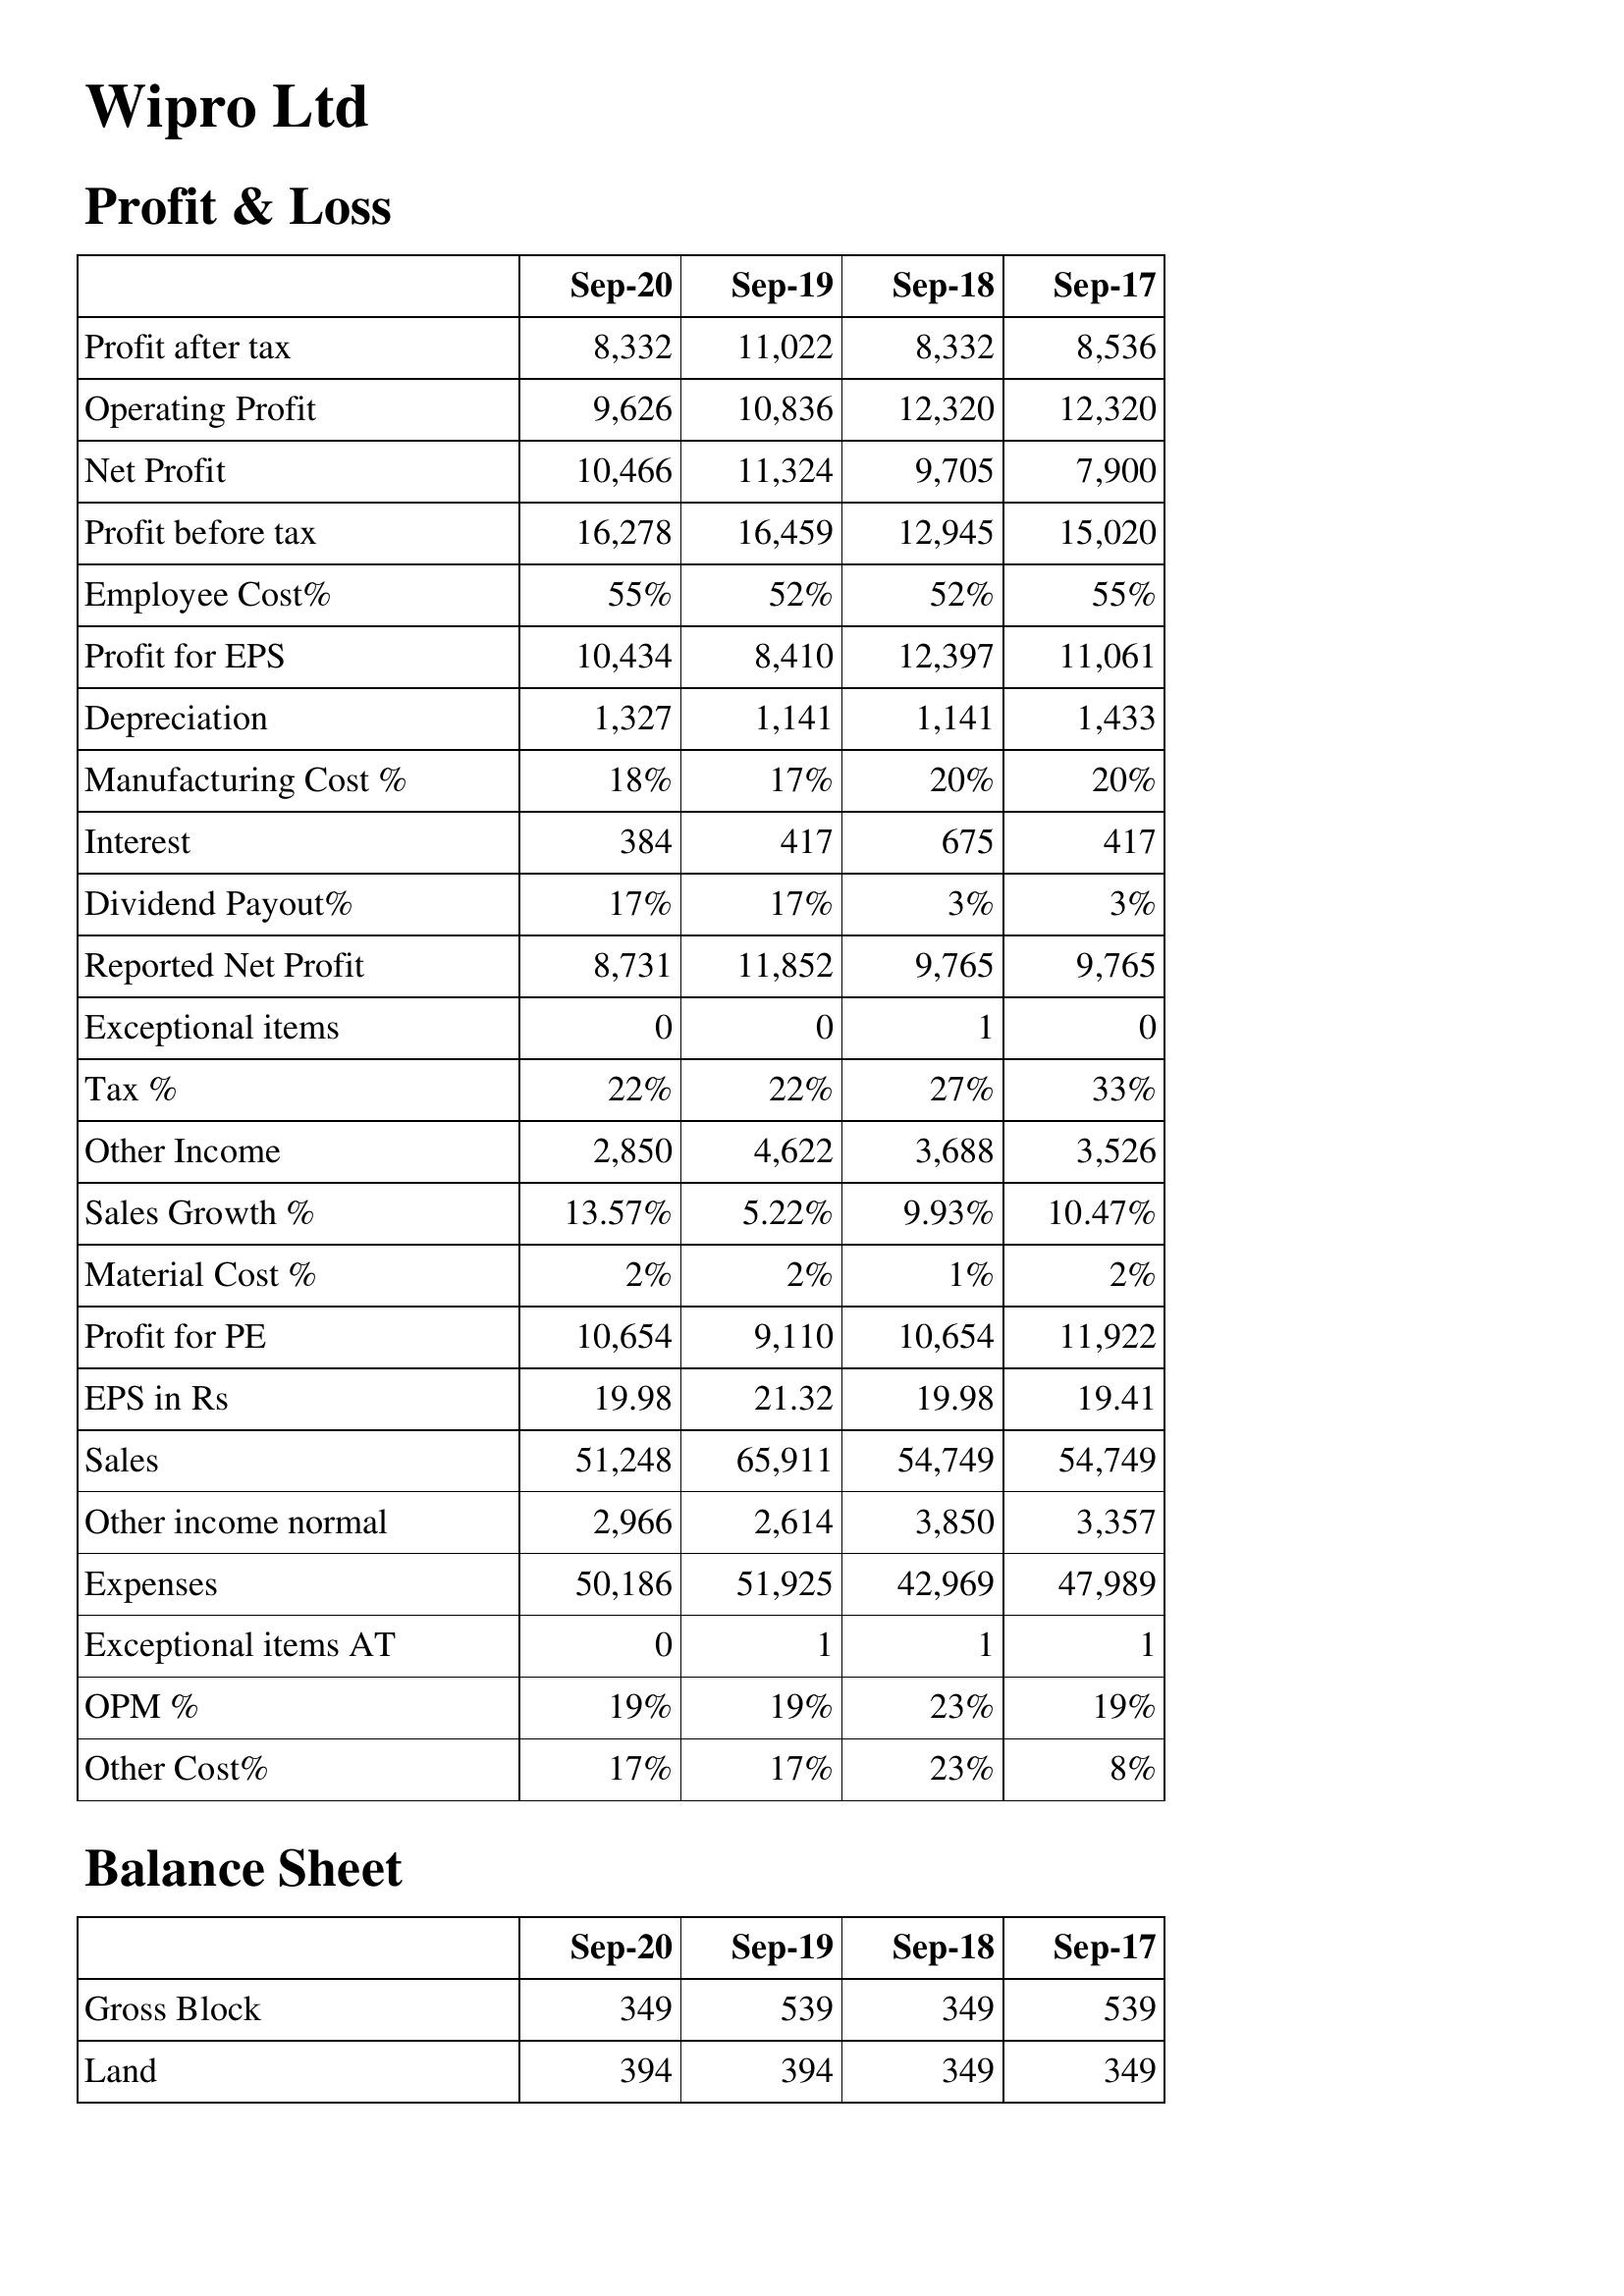
Sep-20: Profit & Loss: Profit after tax: 8,332
Operating Profit: 9,626
Net Profit: 10,466
Profit before tax: 16,278
Employee Cost%: 55%
Profit for EPS: 10,434
Depreciation: 1,327
Manufacturing Cost %: 18%
Interest: 384
Dividend Payout%: 17%
Reported Net Profit: 8,731
Exceptional items: 0
Tax %: 22%
Other Income: 2,850
Sales Growth %: 13.57%
Material Cost %: 2%
Profit for PE: 10,654
EPS in Rs: 19.98
Sales: 51,248
Other income normal: 2,966
Expenses: 50,186
Exceptional items AT: 0
OPM %: 19%
Other Cost%: 17%
Balance Sheet: Gross Block: 349
Land: 394
Sep-19: Profit & Loss: Profit after tax: 11,022
Operating Profit: 10,836
Net Profit: 11,324
Profit before tax: 16,459
Employee Cost%: 52%
Profit for EPS: 8,410
Depreciation: 1,141
Manufacturing Cost %: 17%
Interest: 417
Dividend Payout%: 17%
Reported Net Profit: 11,852
Exceptional items: 0
Tax %: 22%
Other Income: 4,622
Sales Growth %: 5.22%
Material Cost %: 2%
Profit for PE: 9,110
EPS in Rs: 21.32
Sales: 65,911
Other income normal: 2,614
Expenses: 51,925
Exceptional items AT: 1
OPM %: 19%
Other Cost%: 17%
Balance Sheet: Gross Block: 539
Land: 394
Sep-18: Profit & Loss: Profit after tax: 8,332
Operating Profit: 12,320
Net Profit: 9,705
Profit before tax: 12,945
Employee Cost%: 52%
Profit for EPS: 12,397
Depreciation: 1,141
Manufacturing Cost %: 20%
Interest: 675
Dividend Payout%: 3%
Reported Net Profit: 9,765
Exceptional items: 1
Tax %: 27%
Other Income: 3,688
Sales Growth %: 9.93%
Material Cost %: 1%
Profit for PE: 10,654
EPS in Rs: 19.98
Sales: 54,749
Other income normal: 3,850
Expenses: 42,969
Exceptional items AT: 1
OPM %: 23%
Other Cost%: 23%
Balance Sheet: Gross Block: 349
Land: 349
Sep-17: Profit & Loss: Profit after tax: 8,536
Operating Profit: 12,320
Net Profit: 7,900
Profit before tax: 15,020
Employee Cost%: 55%
Profit for EPS: 11,061
Depreciation: 1,433
Manufacturing Cost %: 20%
Interest: 417
Dividend Payout%: 3%
Reported Net Profit: 9,765
Exceptional items: 0
Tax %: 33%
Other Income: 3,526
Sales Growth %: 10.47%
Material Cost %: 2%
Profit for PE: 11,922
EPS in Rs: 19.41
Sales: 54,749
Other income normal: 3,357
Expenses: 47,989
Exceptional items AT: 1
OPM %: 19%
Other Cost%: 8%
Balance Sheet: Gross Block: 539
Land: 349